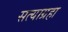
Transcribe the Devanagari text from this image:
सत्याग्रहा